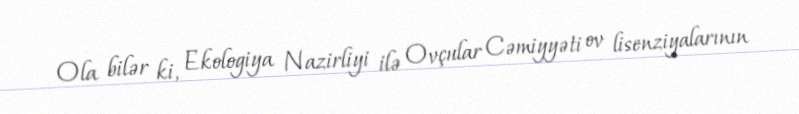
Ola bilər ki, Ekologiya Nazirliyi ilə Ovçular Cəmiyyəti ov lisenziyalarının